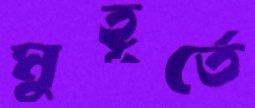
মুহূর্তে